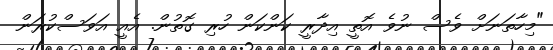
"މިހާތަނަށް ވެސް ނުވެ އޮތީ އިދާރީ ކަންކަން ހުރި ގޮތުން. އެއީ އަވަސްކުރަން